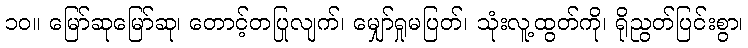
၁၀။ မြော်ဆုမြော်ဆု၊ တောင့်တပြုလျက်၊ မျှော်ရှုမပြတ်၊ သုံးလူ့ထွတ်ကို၊ ရိုညွတ်ပြင်းစွာ၊